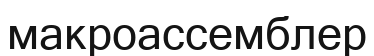
макроассемблер